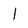
Character: 1